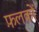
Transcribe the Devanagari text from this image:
फ़लकों